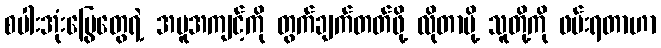
စပါးအုံးမြွေတွေရဲ့ အမူအကျင့်ကို တွက်ချက်တတ်ဖို့ လိုတာမို့ သူတို့ကို ဖမ်းရတာဟာ